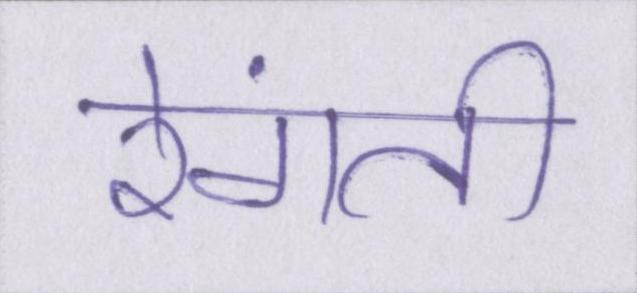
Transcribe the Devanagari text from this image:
रेंगती